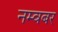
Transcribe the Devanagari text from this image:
नम्वबर